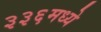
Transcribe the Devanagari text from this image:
३३६मध्ये